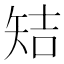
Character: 䂒